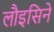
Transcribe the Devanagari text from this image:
लौइसिने